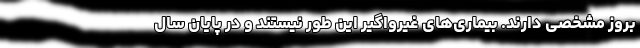
بروز مشخصی دارند. بیماری‌های غیرواگیر این طور نیستند و در پایان سال